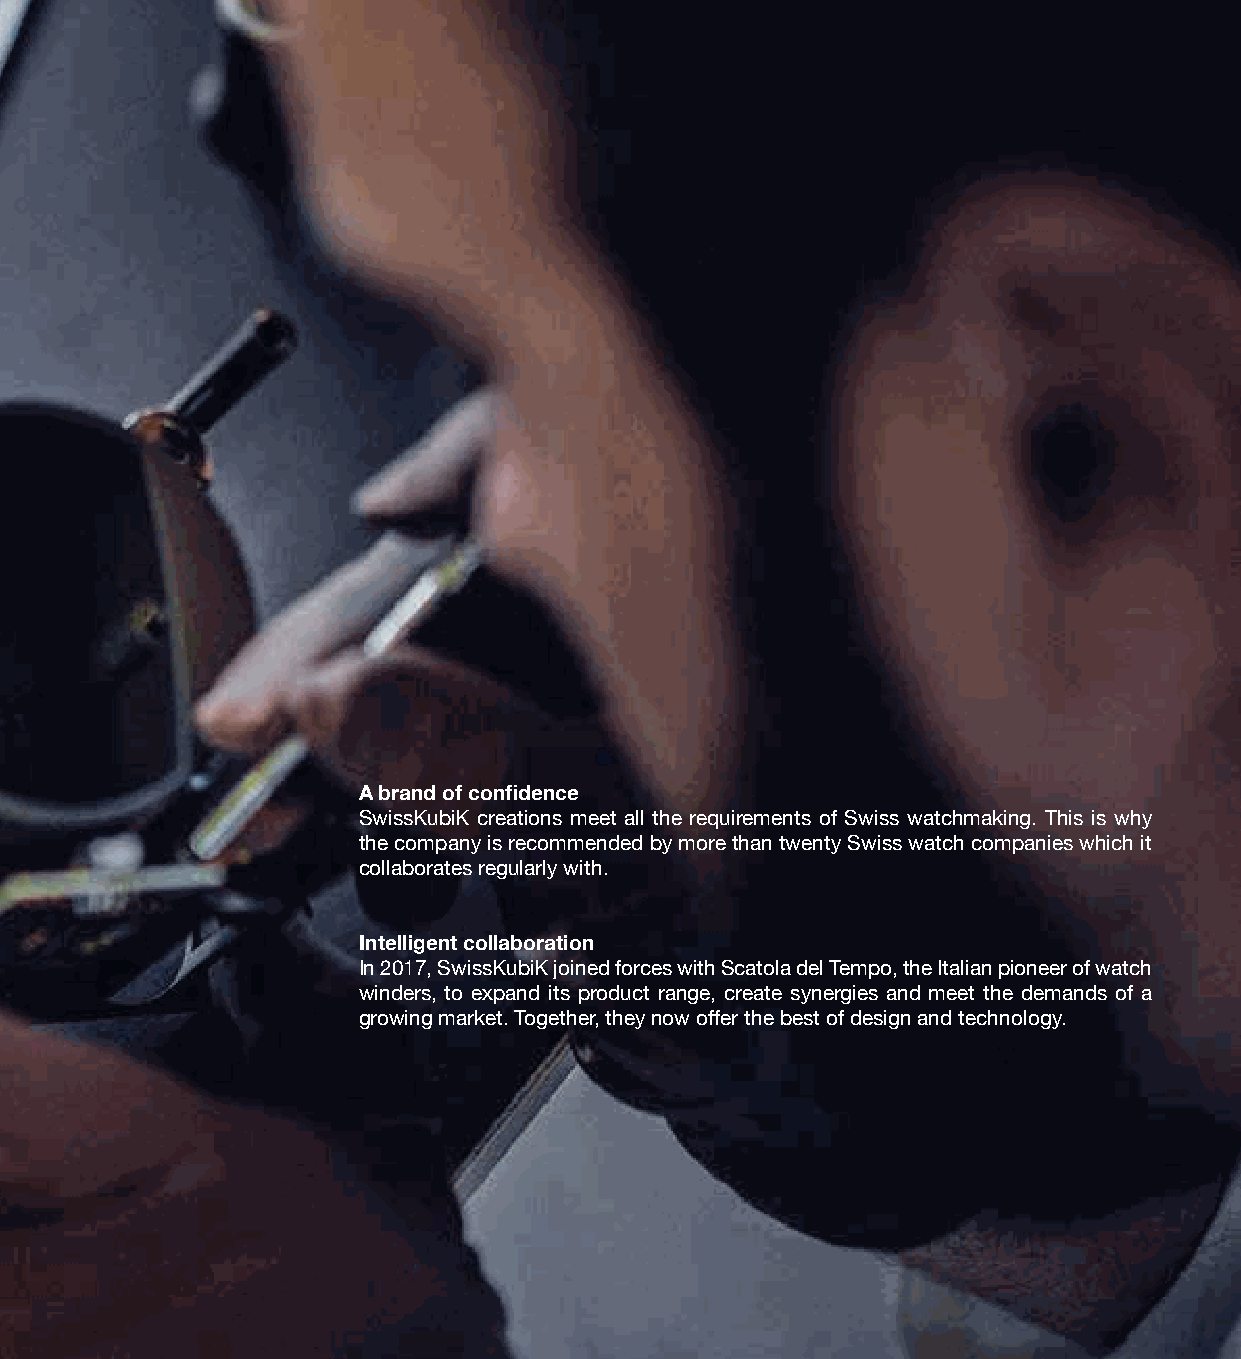
A brand of confidence
 SwissKubiK creations meet all the requirements of Swiss watchmaking. This is why
 the company is recommended by more than twenty Swiss watch companies which it
 collaborates regularly with.
 Intelligent collaboration
 In 2017, SwissKubiK joined forces with Scatola del Tempo, the Italian pioneer of watch
 winders, to expand its product range, create synergies and meet the demands of a
 growing market. Together, they now offer the best of design and technology.